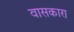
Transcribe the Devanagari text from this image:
वासकारा